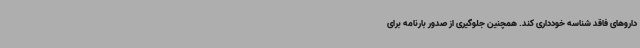
داروهای فاقد شناسه خودداری کند. همچنین جلوگیری از صدور بارنامه برای